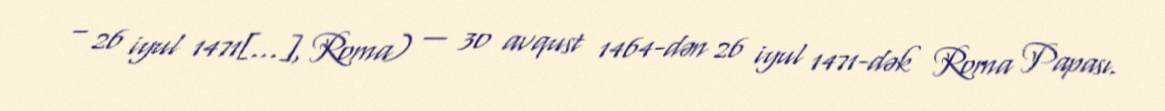
– 26 iyul 1471[…], Roma) — 30 avqust 1464-dən 26 iyul 1471-dək Roma Papası.